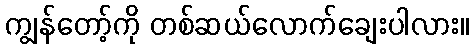
ကျွန်တော့်ကို တစ်ဆယ်လောက်ချေးပါလား။